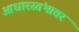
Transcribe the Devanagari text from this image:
आधारस्तंभावर